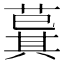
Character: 𦸆